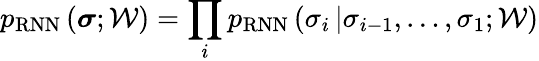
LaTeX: p_{\mathrm{RNN}}\left(\boldsymbol{\sigma};\mathcal{W}\right)=\prod_{i}p_{\mathrm{RNN}}\left(\sigma_{i}\left|\sigma_{i-1},\dots,\sigma_{1};\mathcal{W}\right.\right)